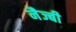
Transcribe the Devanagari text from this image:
नैज्बी